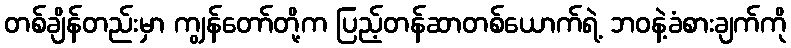
တစ်ချိန်တည်းမှာ ကျွန်တော်တို့က ပြည့်တန်ဆာတစ်ယောက်ရဲ့ ဘဝနဲ့ခံစားချက်ကို